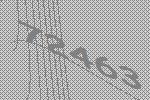
72463